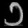
Digit: ၁